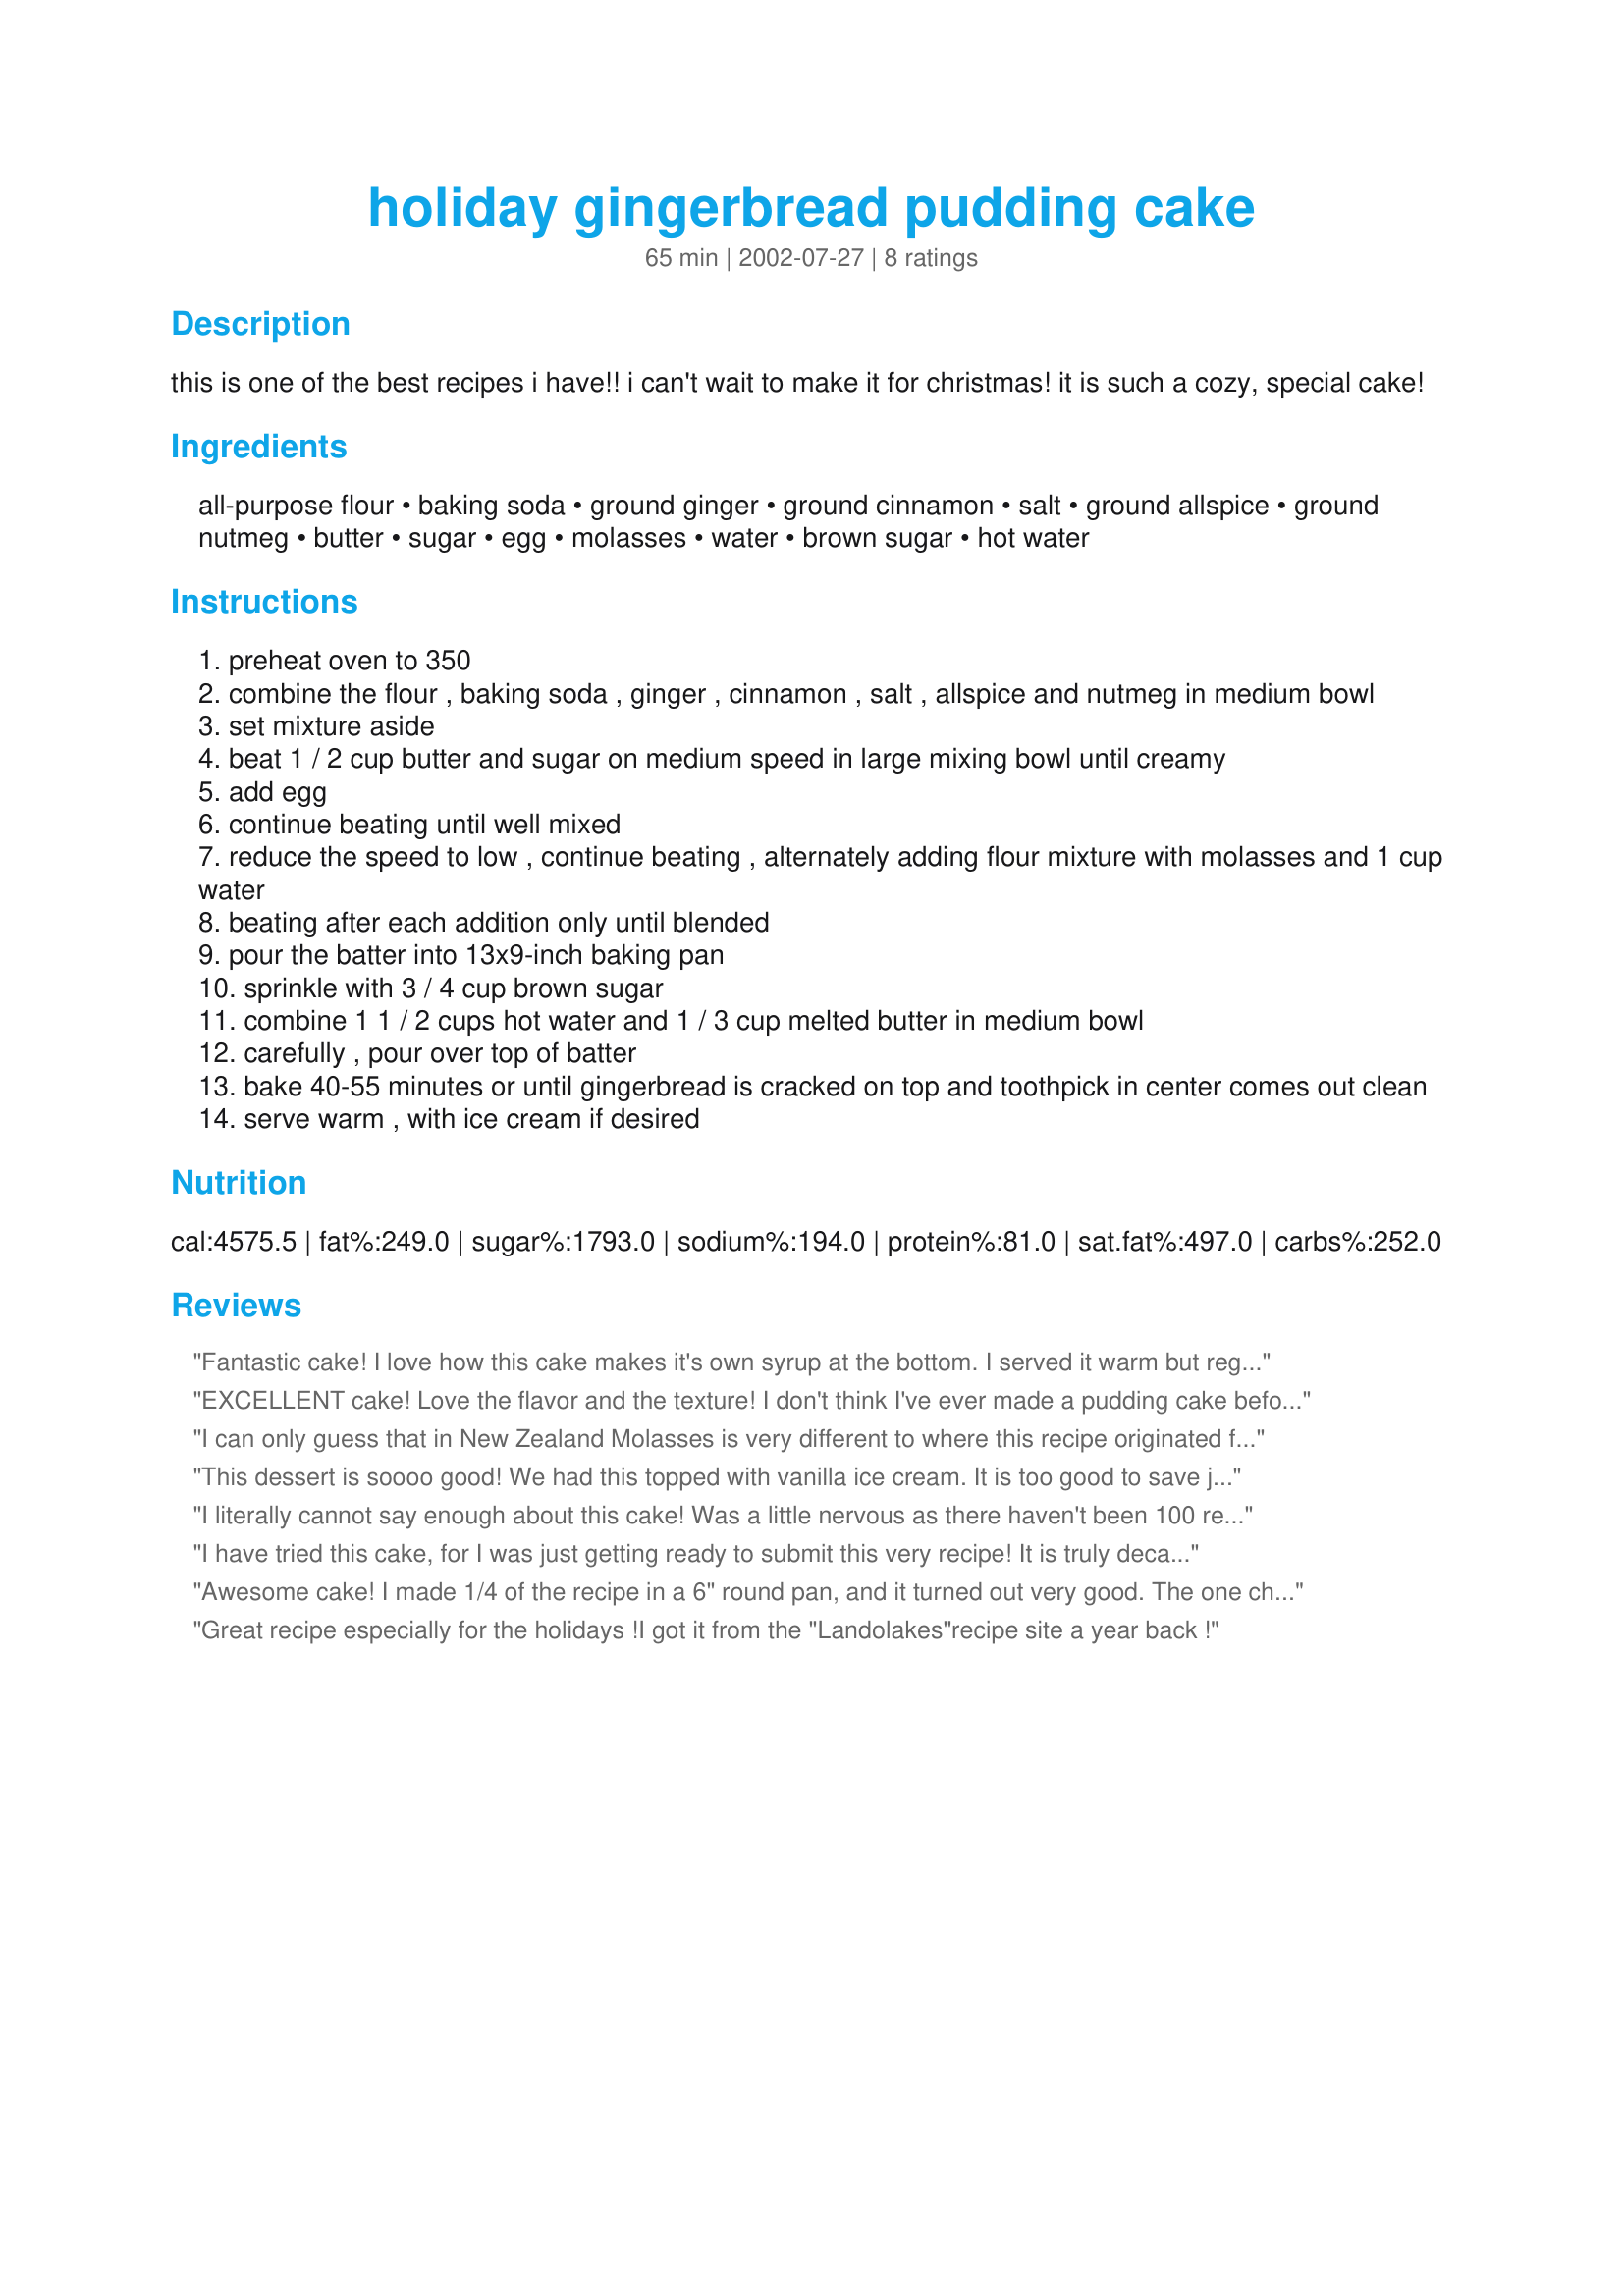
holiday gingerbread pudding cake
Preparation time: 65 minutes

this is one of the best recipes i have!! i can't wait to make it for christmas! it is such a cozy, special cake!

Ingredients:
all-purpose flour, baking soda, ground ginger, ground cinnamon, salt, ground allspice, ground nutmeg, butter, sugar, egg, molasses, water, brown sugar, hot water

Steps:
preheat oven to 350
combine the flour , baking soda , ginger , cinnamon , salt , allspice and nutmeg in medium bowl
set mixture aside
beat 1 / 2 cup butter and sugar on medium speed in large mixing bowl until creamy
add egg
continue beating until well mixed
reduce the speed to low , continue beating , alternately adding flour mixture with molasses and 1 cup water
beating after each addition only until blended
pour the batter into 13x9-inch baking pan
sprinkle with 3 / 4 cup brown sugar
combine 1 1 / 2 cups hot water and 1 / 3 cup melted butter in medium bowl
carefully , pour over top of batter
bake 40-55 minutes or until gingerbread is cracked on top and toothpick in center comes out clean
serve warm , with ice cream if desired

Reviews:
Fantastic cake! I love how this cake makes it's own syrup at the bottom. I served it warm but regret that I did not have vanilla ice cream. I will be making this cake again for Christmas.
EXCELLENT cake! Love the flavor and the texture! I don't think I've ever made a pudding cake before- pouring all that liquid on the top?! The baked result, with its thick gooey bottom, is wonderful! Serve it warm- if you serve it cold it is just extremely moist cake.
I can only guess that in New Zealand Molasses is very different to where this recipe originated from. This was the most horrible disgusting cake I have ever tried to make. The oven and house just stunk of molasses, and, needless to say, that is all I could taste when I risked testing a crumb of this. Did not even bother giving it to my husband for his fishing burley, it went straight into the bin - what a waste of time and ingredients!
But, as the other reviews are so good, there must be something wrong with what I have done. I might possibly try again with Golen Syrup or treacle instead of molasses - unless some-one else has a better idea?
This dessert is soooo good! We had this topped with vanilla ice cream. It is too good to save just for the holidays. I will be including this as part of my regular dessert rotation.
I literally cannot say enough about this cake! Was a little nervous as there haven't been 100 reviews on it and I was serving for Christmas dinner. (For me this is taking a chance!) But I could not have been happier with the result. We served warm with some ice cream and real whipped cream. Unbelievable. Wish we had room after Christmas dinner for more! This will be a <br/>Christmas tradition, I'm sure.
I have tried this cake, for I was just getting ready to submit this very recipe! It is truly decadent in all it's spicy-moist and syrup-y
glory. Delicious with lemon or caramel sauce.
Awesome cake! I made 1/4 of the recipe in a 6" round pan, and it turned out very good. The one change I made was to use earl grey tea infused with orange zest, instead of water in the cake batter. I think it adds to the complexity of flavors already present in the cake from the spices and molasses. I would strongly suggest serving this slightly warm with either spiced whipped cream or ice cream - it takes this cake to another level. Thanks Ocean~Ivy, for posting this wonderful recipe.
Great recipe especially for the holidays !I got it from the "Landolakes"recipe site a year back !
